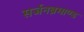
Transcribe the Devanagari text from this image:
सर्जनब्रमाण्ड